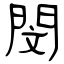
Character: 閔